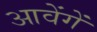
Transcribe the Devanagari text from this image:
आवेंगें